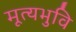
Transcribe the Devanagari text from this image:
मूत्यभुवि